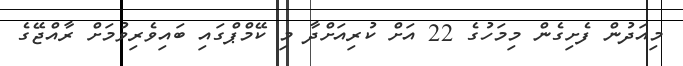
މިއަދުން ފެށިގެން މިމަހުގެ 22 އަށް ކުރިއަށްދާ މި ކޭމްޕްގައި ބައިވެރިވުމަށް ރާއްޖޭގެ